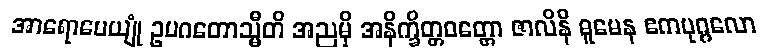
အာရောပေယျုံ ဥပဂတောသ္မီတိ အညမှိ အနိက္ခိတ္တဝတ္တော ဇာလိနိ ဓူမေန ဧကပုဂ္ဂလော